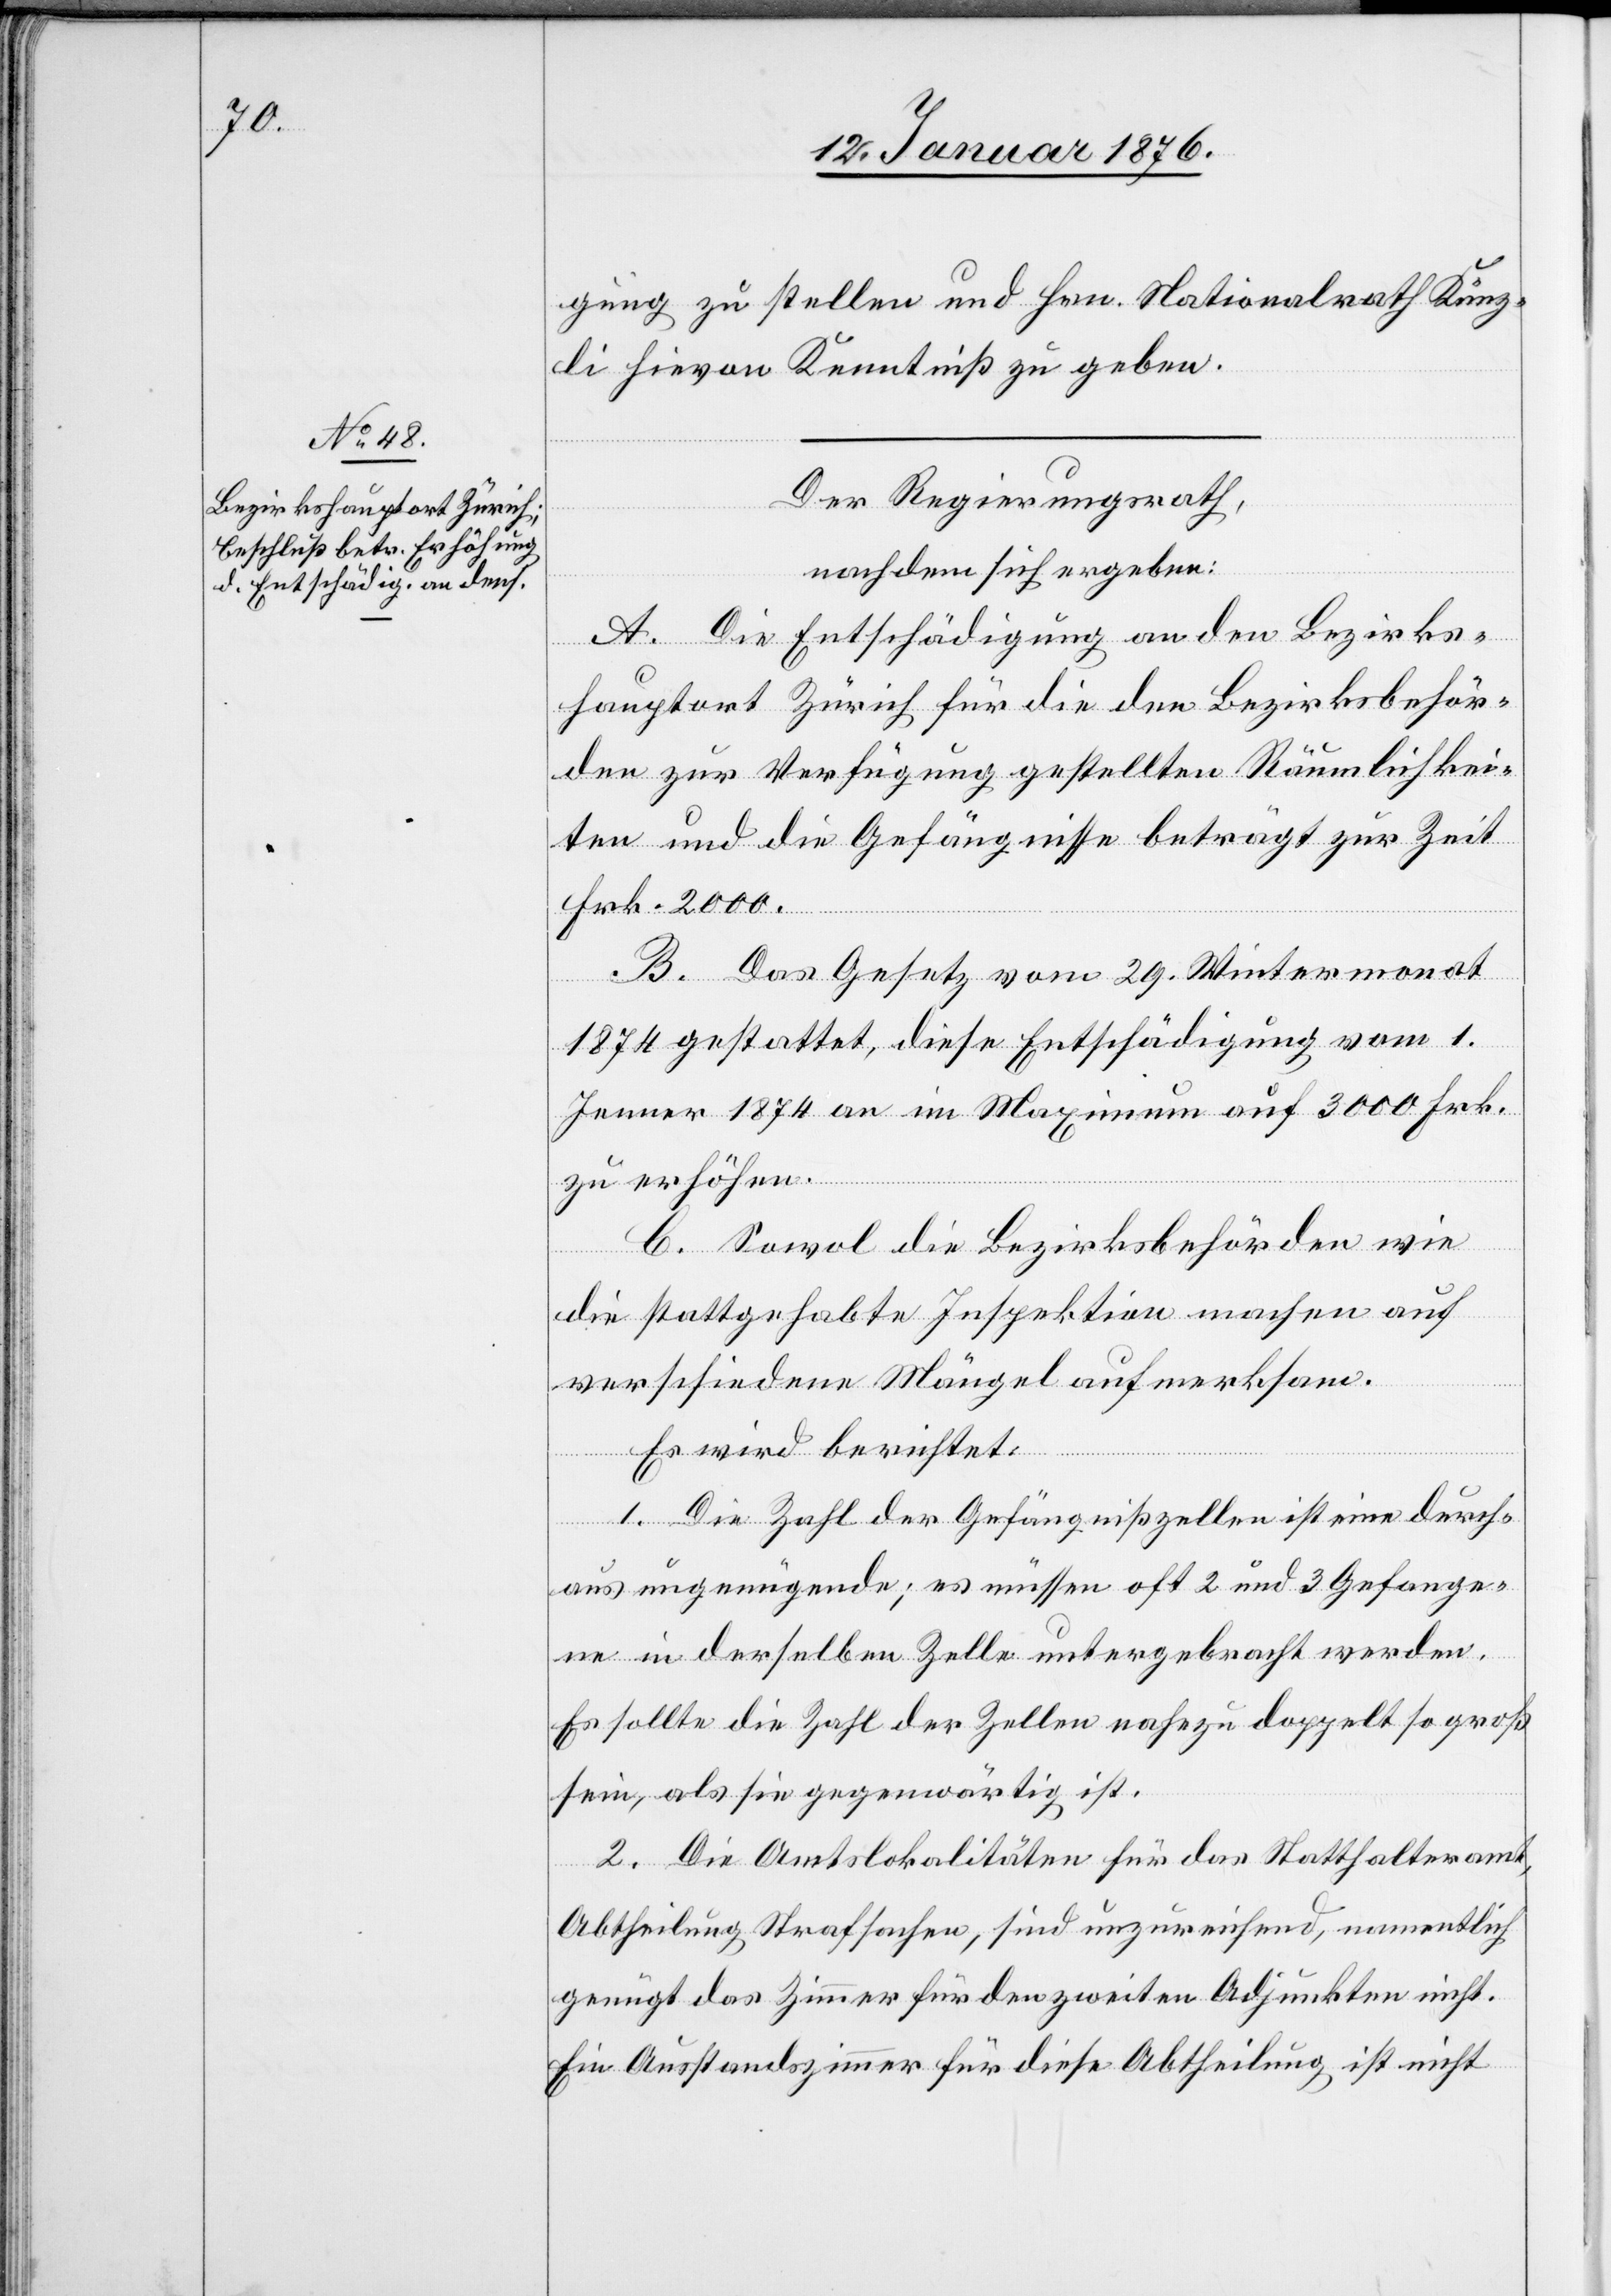
gung zu stellen und Hrn. Nationalrath Künz¬
li hievon Kenntniß zu geben.
Der Regierungsrath,
nachdem sich ergeben:
A. Die Entschädigung an den Bezirks¬
hauptort Zürich für die den Bezirksbehör¬
den zur Verfügung gestellten Räumlichkei¬
ten und die Gefängnisse beträgt zur Zeit
Frk. 2000.
B. Das Gesetz vom 29. Wintermonat
1874 gestattet, diese Entschädigung vom 1.
Jenner 1874 an im Maximum auf 3000 Frk.
zu erhöhen.
C. Sowol die Bezirksbehörden wie
die stattgehabte Inspektion machen auf
verschiedene Mängel aufmerksam.
Es wird berichtet:
1. Die Zahl der Gefängnißzellen ist eine durch¬
aus ungenügende; es müssen oft 2 oder 3 Gefange¬
ne in derselben Zelle untergebracht werden.
Es sollte die Zahl der Zellen nahezu doppelt so groß
sein, als sie gegenwärtig ist.
2. Die Amtslokalitäten für das Statthalteramt,
Abtheilung Strafsachen, sind unzureichend, namentlich
genügt das Zimmer für den zweiten Adjunkten nicht.
Ein Ausstandszimmer für diese Abtheilung ist nicht